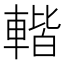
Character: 䡡